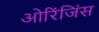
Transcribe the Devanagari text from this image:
ओरिंजिंस